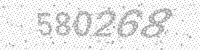
Solution: 580268